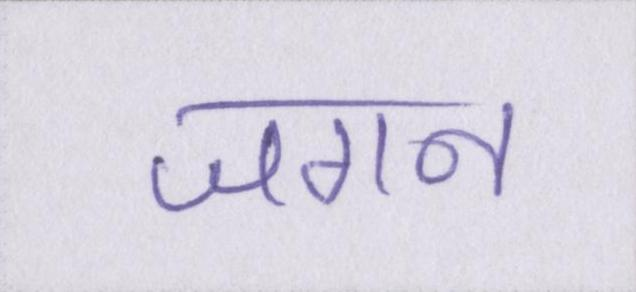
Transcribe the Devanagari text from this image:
जगन